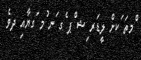
ްމތަ ަކށް ލީޑަރ ިޝ ްޕ ެގ ަނ ުމ ަގޔާއިި ދވެ